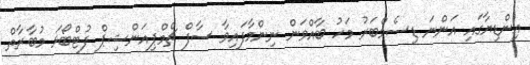
އިންޑިޔާގައި އަންނަ ޑިސެމްބަރު މަހު ބާއްވަން ނިންމާފައިވާ ސާފް ޗެމްޕިއަންޝިޕް ފުޓްބޯޅަ މުބާރާތް